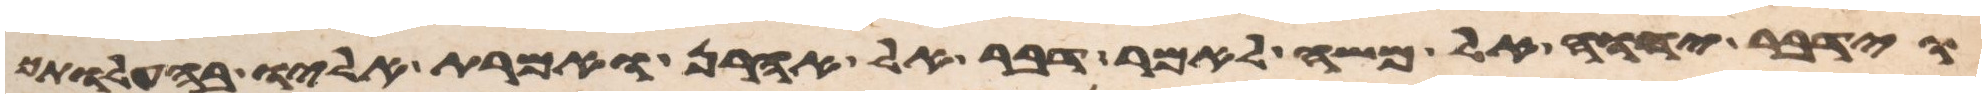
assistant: וידבר יהוה אל משה לאמר דבר אל אהרן ואמרת אליו בהעלותך